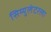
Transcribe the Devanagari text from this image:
सिम्युलेटरला